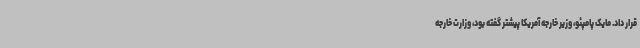
قرار داد. مایک پامپئو، وزیر خارجه آمریکا پیشتر گفته بود، وزارت خارجه